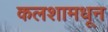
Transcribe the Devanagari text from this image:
कलशामधून